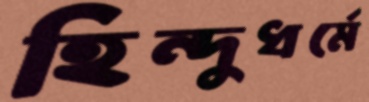
হিন্দুধর্মে